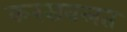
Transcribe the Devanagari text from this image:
करसवलत